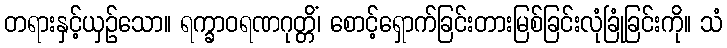
တရားနှင့်ယှဉ်သော။ ရက္ခာဝရဏဂုတ္တိံ၊ စောင့်ရှောက်ခြင်းတားမြစ်ခြင်းလုံခြုံခြင်းကို။ သံ